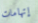
إتهامات